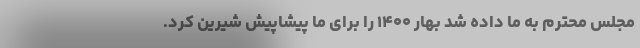
مجلس محترم به ما داده شد بهار ۱۴۰۰ را برای ما پیشاپیش شیرین کرد.